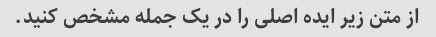
از متن زیر ایده اصلی را در یک جمله مشخص کنید.